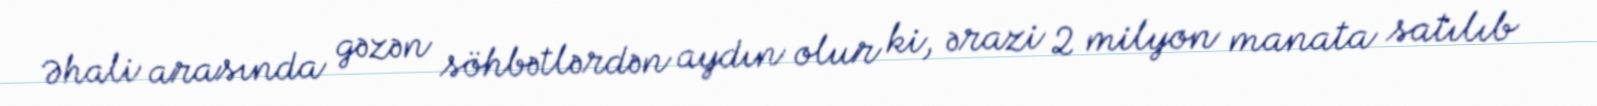
Əhali arasında gəzən söhbətlərdən aydın olur ki, ərazi 2 milyon manata satılıb